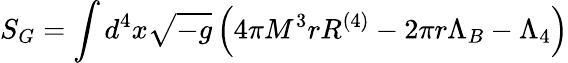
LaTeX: S_{G}=\int d^{4}x\sqrt{-g}\left(4\pi M^{3}rR^{\left(4\right)}-2\pi r\Lambda_{B}-\Lambda_{4}\right)